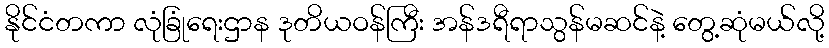
နိုင်ငံတကာ လုံခြုံရေးဌာန ဒုတိယဝန်ကြီး အန်ဒရီရာသွန်မဆင်နဲ့ တွေ့ဆုံမယ်လို့